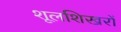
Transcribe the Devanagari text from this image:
शूलशिखरों